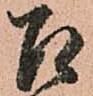
召